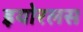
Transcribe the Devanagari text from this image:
इयोरलस